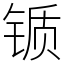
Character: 锧